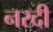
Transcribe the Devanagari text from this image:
नरदी